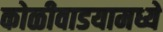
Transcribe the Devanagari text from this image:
कोळीवाडयामध्ये